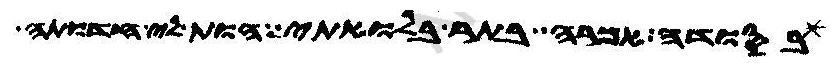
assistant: בסודה למימר בתר בלואתי הות לי חדותה